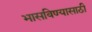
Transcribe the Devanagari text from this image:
भासविण्यासाठी